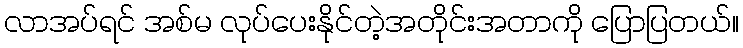
လာအပ်ရင် အစ်မ လုပ်ပေးနိုင်တဲ့အတိုင်းအတာကို ပြောပြတယ်။